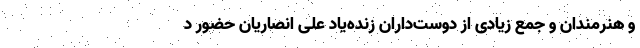
و هنرمندان و جمع زیادی از دوست‌داران زنده‌یاد علی انصاریان حضور د